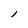
Character: l